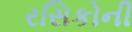
રસિકોની